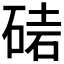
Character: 𥓩